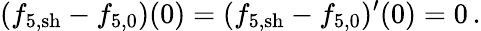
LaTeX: (f_{5,\mathrm{sh}}-{f}_{5,0})(0)=(f_{5,\mathrm{sh}}-{f}_{5,0})^{\prime}(0)=0\, .